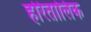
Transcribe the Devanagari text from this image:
हरितालिक